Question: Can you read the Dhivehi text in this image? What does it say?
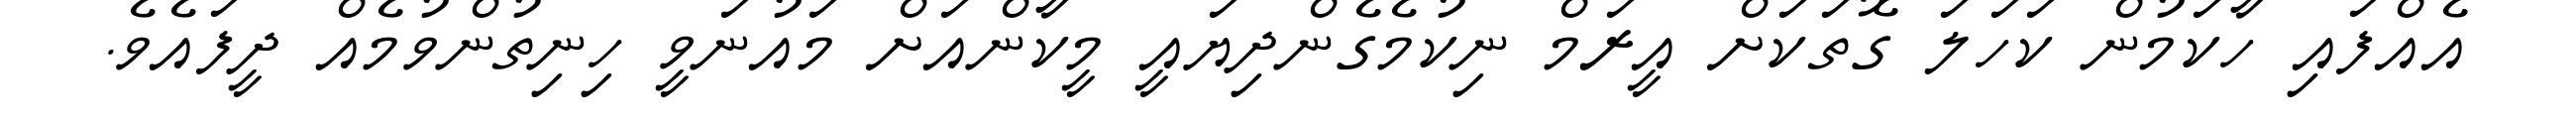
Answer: އެއްފައި ހާކަމުން ކަހަލަ ގޮތަކަށް އީރަމް ނިކުމެގެންދިޔައީ މީކާންއަށް މައުނަވީ ހިނިތުންވުމެއް ދީފައެވެ.